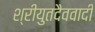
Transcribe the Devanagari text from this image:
श्रीयुतदैववादी